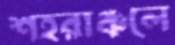
শহরাঞ্চলে